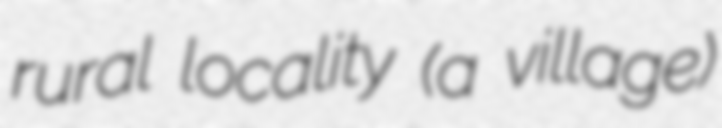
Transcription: rural locality (a village)